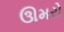
ઊમરો